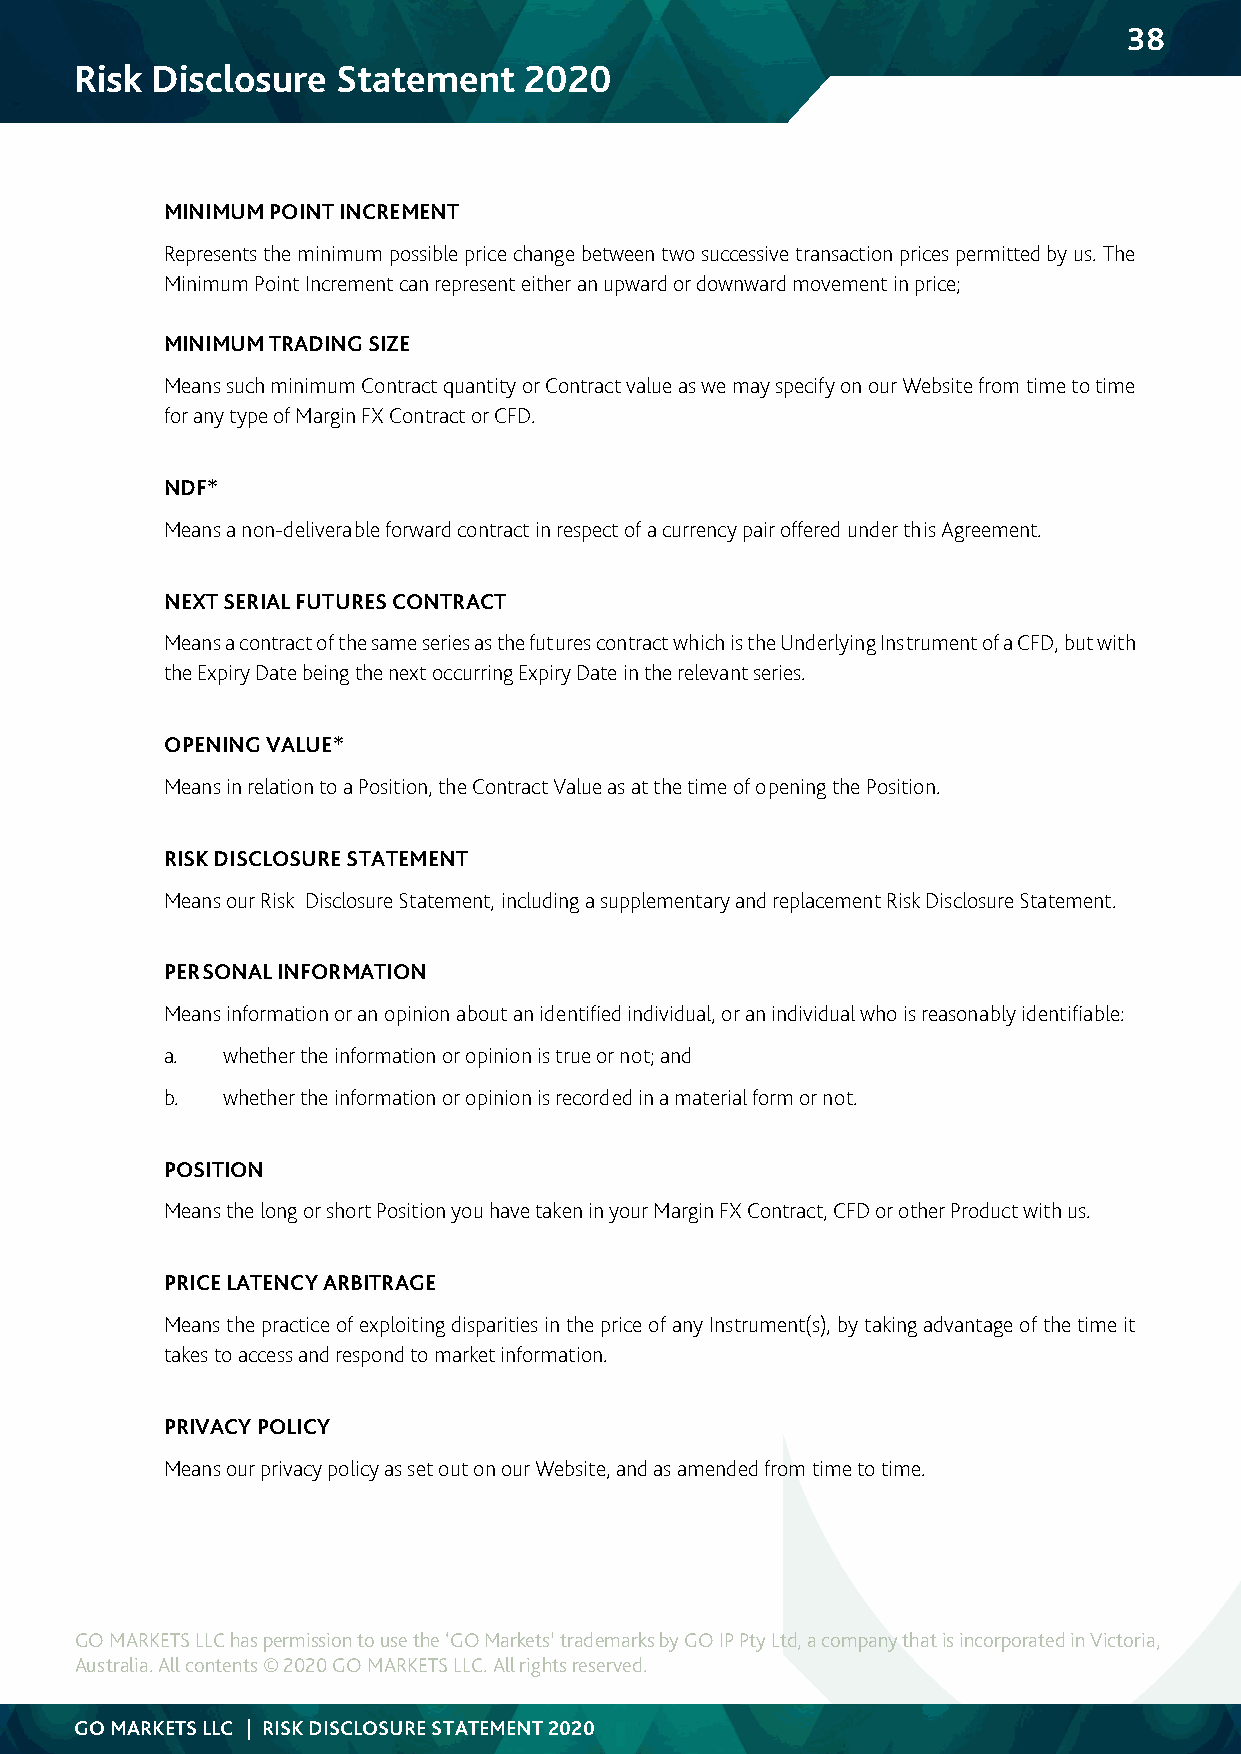
38
 Risk Disclosure  Statement    2020
 MINIMUM POINT INCREMENT
 Represents the minimum possible price change between two successive transaction prices permitted by us. The
 Minimum Point Increment can represent either an upward or downward movement in price;
 MINIMUM TRADING SIZE
 Means such minimum Contract quantity or Contract value as we may specify on our Website from time to time
 for any type of Margin FX Contract or CFD.
 NDF*
 Means a non-deliverable forward contract in respect of a currency pair offered under this Agreement.
 NEXT SERIAL FUTURES CONTRACT
 Means a contract of the same series as the futures contract which is the Underlying Instrument of a CFD, but with
 the Expiry Date being the next occurring Expiry Date in the relevant series.
 OPENING VALUE*
 Means in relation to a Position, the Contract Value as at the time of opening the Position.
 RISK DISCLOSURE STATEMENT
 Means our Risk Disclosure Statement, including a supplementary and replacement Risk Disclosure Statement.
 PERSONAL INFORMATION
 Means information or an opinion about an identified individual, or an individual who is reasonably identifiable:
 a.  whether the information or opinion is true or not; and
 b.  whether the information or opinion is recorded in a material form or not.
 POSITION
 Means the long or short Position you have taken in your Margin FX Contract, CFD or other Product with us.
 PRICE LATENCY ARBITRAGE
 Means the practice of exploiting disparities in the price of any Instrument(s), by taking advantage of the time it
 takes to access and respond to market information.
 PRIVACY POLICY
 Means our privacy policy as set out on our Website, and as amended from time to time.
 GO MARKETS LLC has permission to use the ‘GO Markets’ trademarks by GO IP Pty Ltd, a company that is incorporated in Victoria,
 Australia. All contents © 2020 GO MARKETS LLC. All rights reserved.
 GO MARKETS LLC | RISK DISCLOSURE STATEMENT 2020